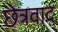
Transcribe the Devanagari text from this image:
छेत्रवाद